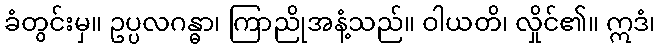
ခံတွင်းမှ။ ဥပ္ပလဂန္ဓာ၊ ကြာညိုအနံ့သည်။ ဝါယတိ၊ လှိုင်၏။ ဣဒံ၊